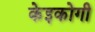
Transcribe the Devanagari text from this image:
केइकोगी